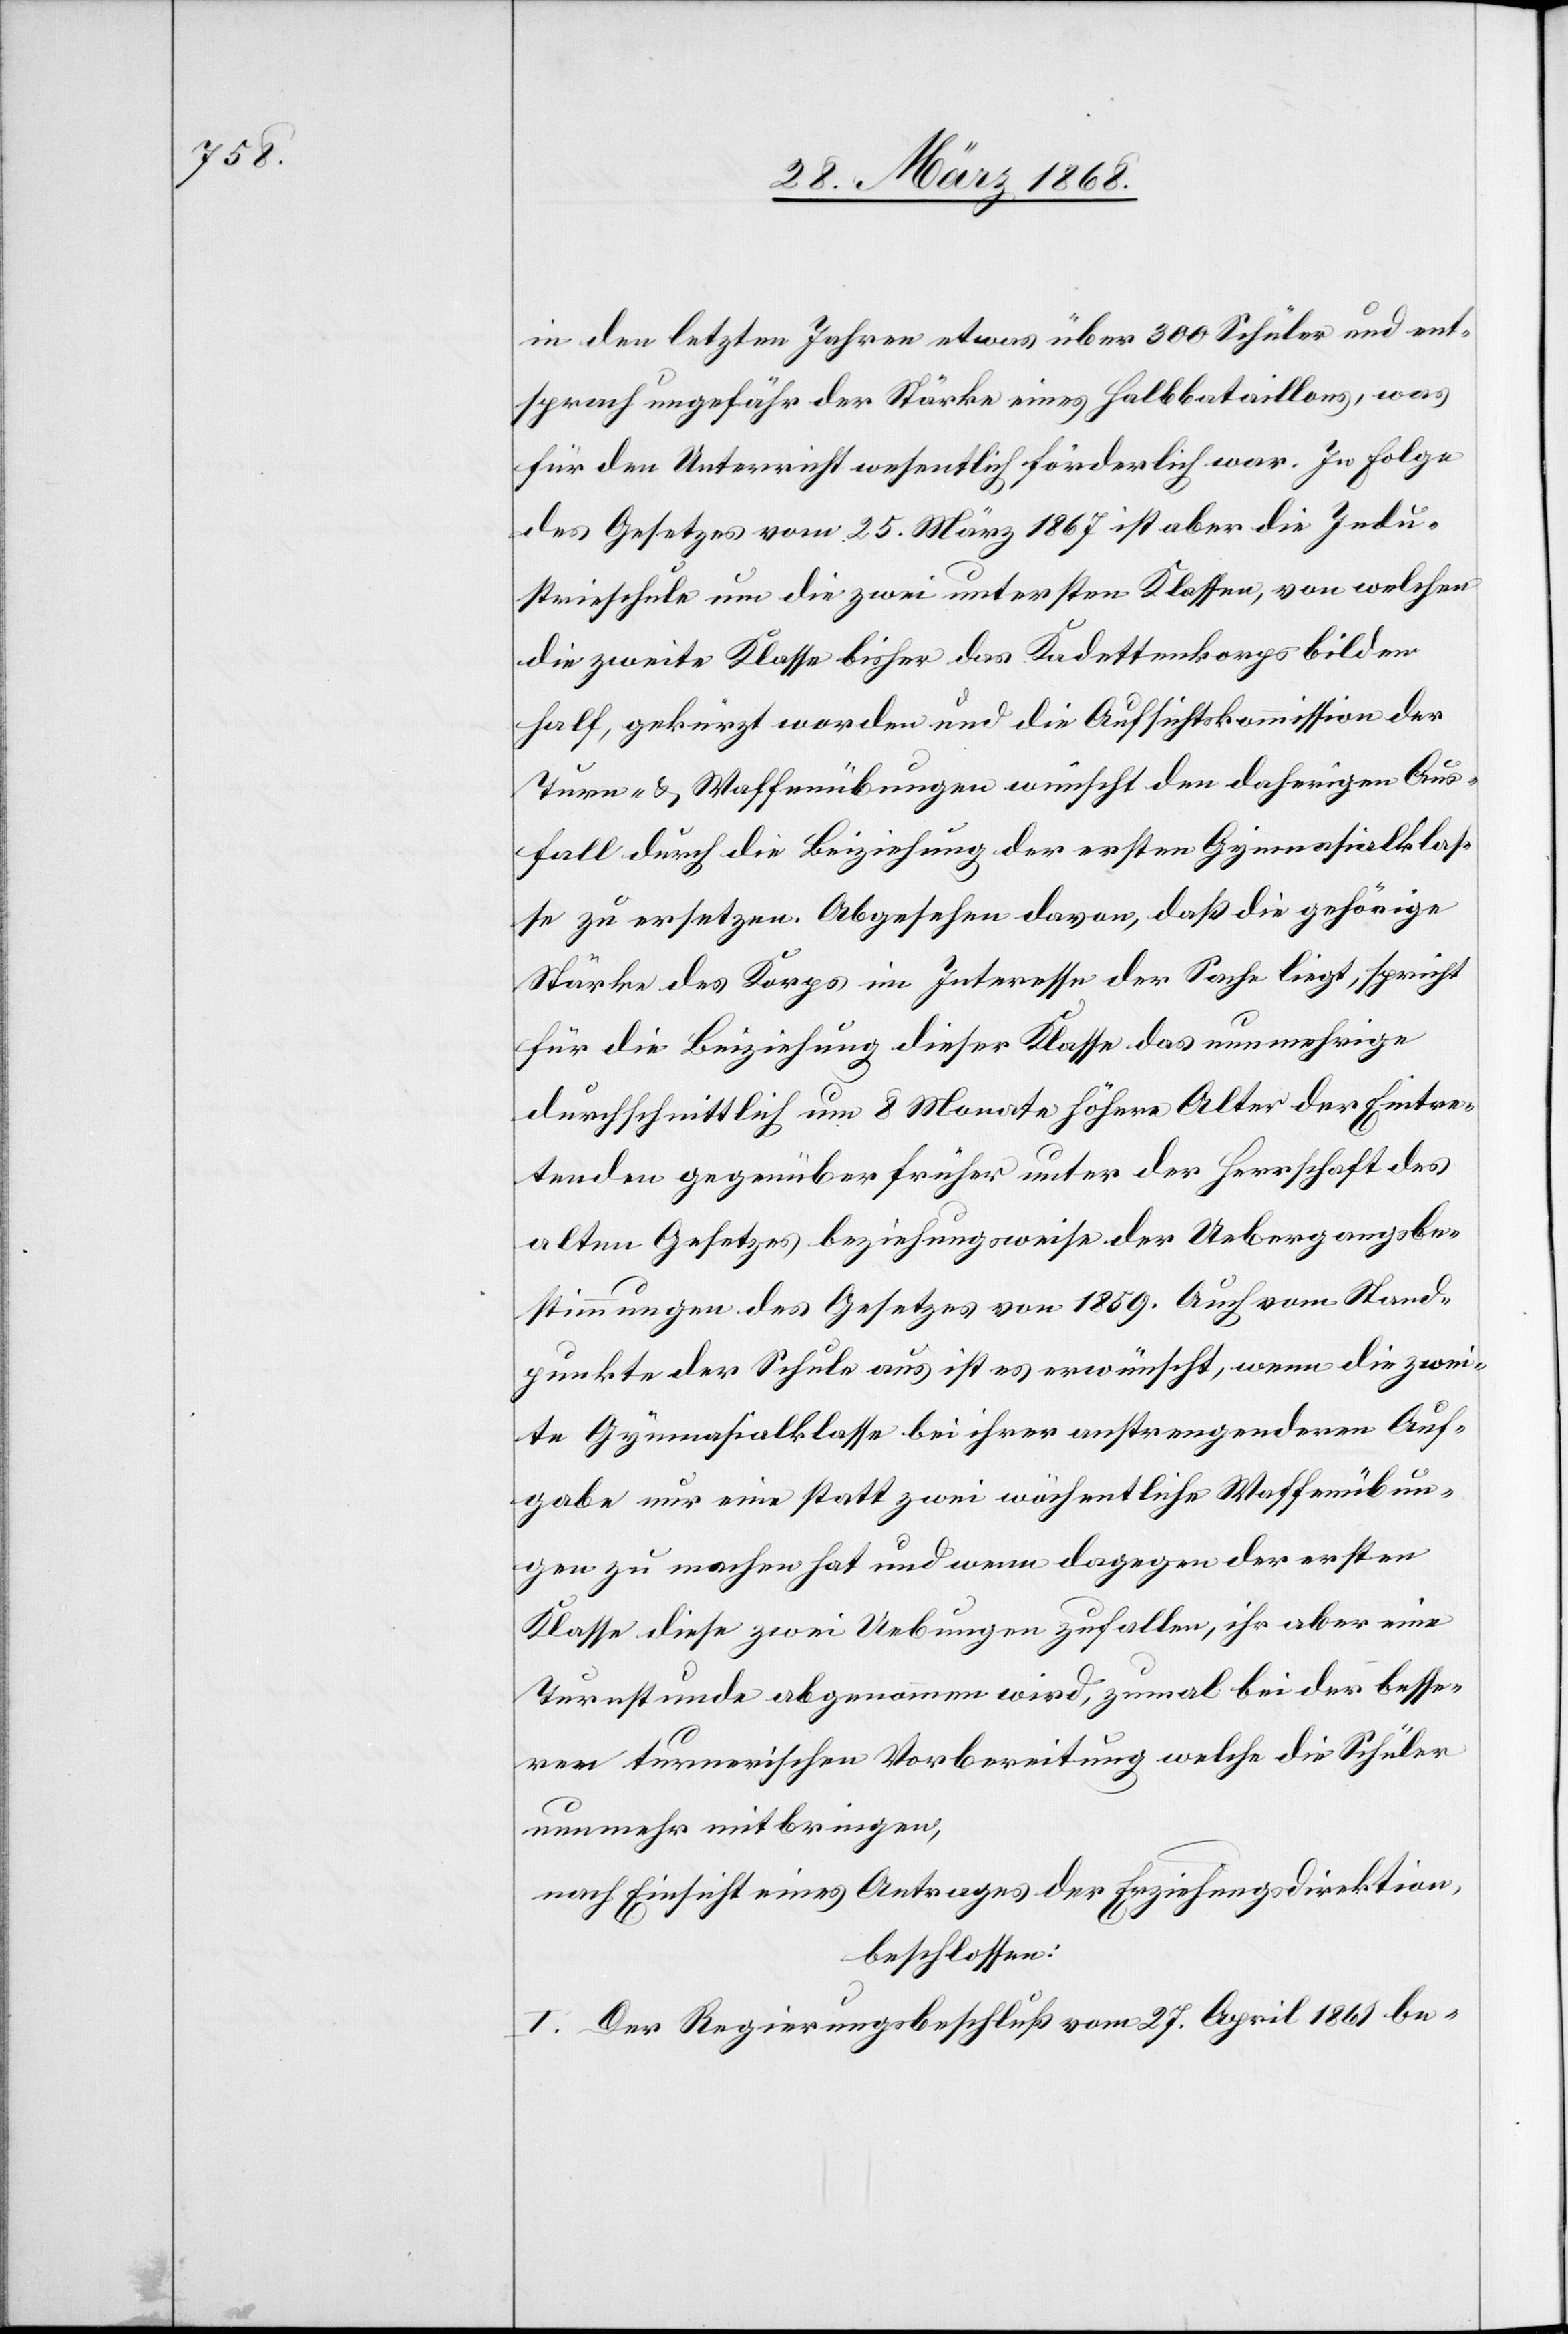
in den letzten Jahren etwas über 300 Schüler und ent¬
sprach ungefähr der Stärke eines Halbbataillons, was
für den Unterricht wesentlich förderlich war. In Folge
des Gesetzes vom 25. März 1867 ist aber die Indu¬
strieschule um die zwei untersten Klassen, von welchen
die zweite Klasse bisher das Kadettenkorps bilden
half, gekürzt worden und die Aufsichtskommission der
Turn- & Waffenübungen wünscht den daherigen Aus¬
fall durch die Beiziehung der ersten Gymnasialklas¬
se zu ersetzen. Abgesehen davon, daß die gehörige
Stärke des Korps im Interesse der Sache liegt, spricht
für die Beiziehung dieser Klasse das nunmehrige
durchschnittlich um 8 Monate höhere Alter der Eintre¬
tenden gegenüber früher unter der Herrschaft des
alten Gesetzes beziehungsweise der Uebergangsbe¬
stimmungen des Gesetzes von 1859. Auch vom Stand¬
punkte der Schule aus ist es erwünscht, wenn die zwei¬
te Gymnasialklasse bei ihrer anstrengenderen Auf¬
gabe nur eine statt zwei wöchentliche Waffenübun¬
gen zu machen hat und wenn dagegen der ersten
Klasse diese zwei Uebungen zufallen, ihr aber eine
Turnstunde abgenommen wird, zumal bei der besse¬
ren turnerischen Vorbereitung welche die Schüler
nunmehr mitbringen,
nach Einsicht eines Antrages der Erziehungsdirektion,
beschlossen:
I. Der Regierungsbeschluß vom 27. April 1861 be-